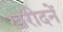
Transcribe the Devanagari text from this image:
खरीदनें